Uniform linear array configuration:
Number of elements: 4
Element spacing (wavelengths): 0.25
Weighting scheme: hann
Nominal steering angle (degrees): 60
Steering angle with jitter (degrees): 59.164
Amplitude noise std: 0.05
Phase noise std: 0.05

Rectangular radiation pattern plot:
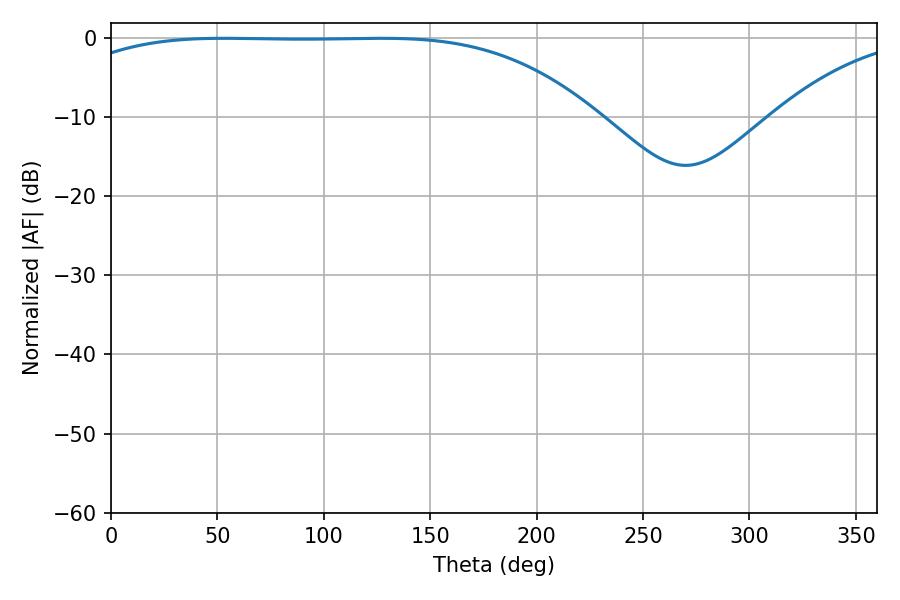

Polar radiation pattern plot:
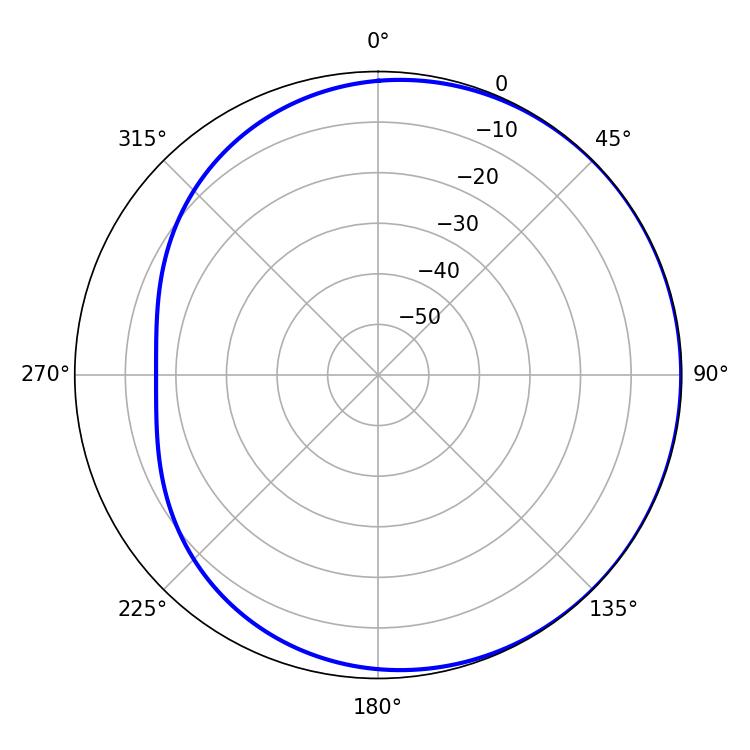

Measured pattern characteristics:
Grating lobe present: FALSE
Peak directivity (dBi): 0.7232
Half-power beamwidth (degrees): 191.52
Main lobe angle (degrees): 53.1